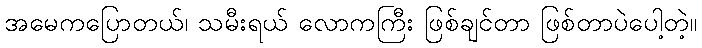
အမေကပြောတယ်၊ သမီးရယ် လောကကြီး ဖြစ်ချင်တာ ဖြစ်တာပဲပေါ့တဲ့။